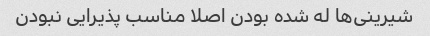
شیرینی‌ها له شده بودن اصلا مناسب پذیرایی نبودن